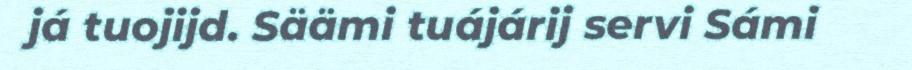
já tuojijd. Säämi tuájárij servi Sámi